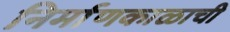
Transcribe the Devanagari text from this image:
निर्माणकाळाची